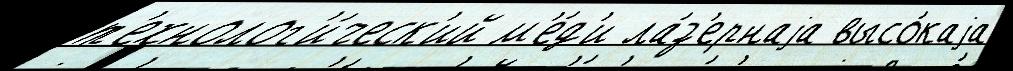
т'ехнолог'и́ческ'ий м'е́д'и ла́з'ернаjа высо́каjа